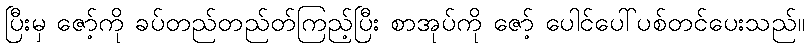
ပြီးမှ ဇော့်ကို ခပ်တည်တည်တ်ကြည့်ပြီး စာအုပ်ကို ဇော့် ပေါင်ပေါ်ပစ်တင်ပေးသည်။